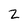
Character: Z